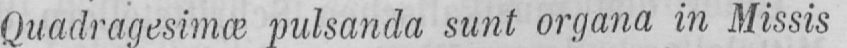
Quadragesimæ pulsanda sunt organa in Missis